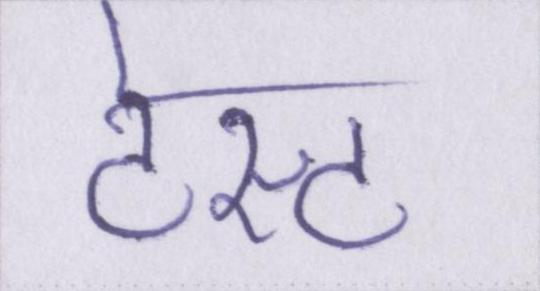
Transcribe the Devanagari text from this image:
टेस्ट